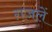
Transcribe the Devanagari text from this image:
ग़जलें